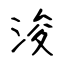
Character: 浚